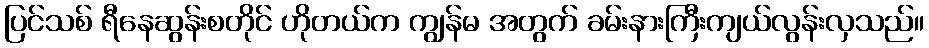
ပြင်သစ် ရီနေဆွန်းစတိုင် ဟိုတယ်က ကျွန်မ အတွက် ခမ်းနားကြီးကျယ်လွန်းလှသည်။